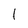
Character: l